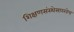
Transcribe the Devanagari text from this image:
शिक्षणसंस्थेसारखेच